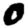
Digit: 0